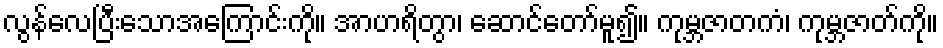
လွန်လေပြီးသောအကြောင်းကို။ အာဟရိတွာ၊ ဆောင်တော်မူ၍။ ကုမ္ဘဇာတကံ၊ ကုမ္ဘဇာတ်ကို။